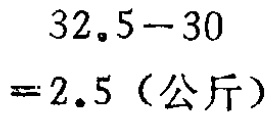
\[

\begin{align*}

32.5 - 30&\\

= 2.5 \text{（公斤）}

\end{align*}

\]